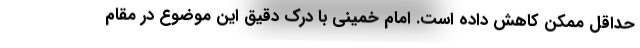
حد‌اقل ممکن کاهش داده است. امام خمینی با درک دقیق این موضوع در مقام